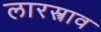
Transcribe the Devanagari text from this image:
लारस्त्राव